Magi,_Artur, lk 64
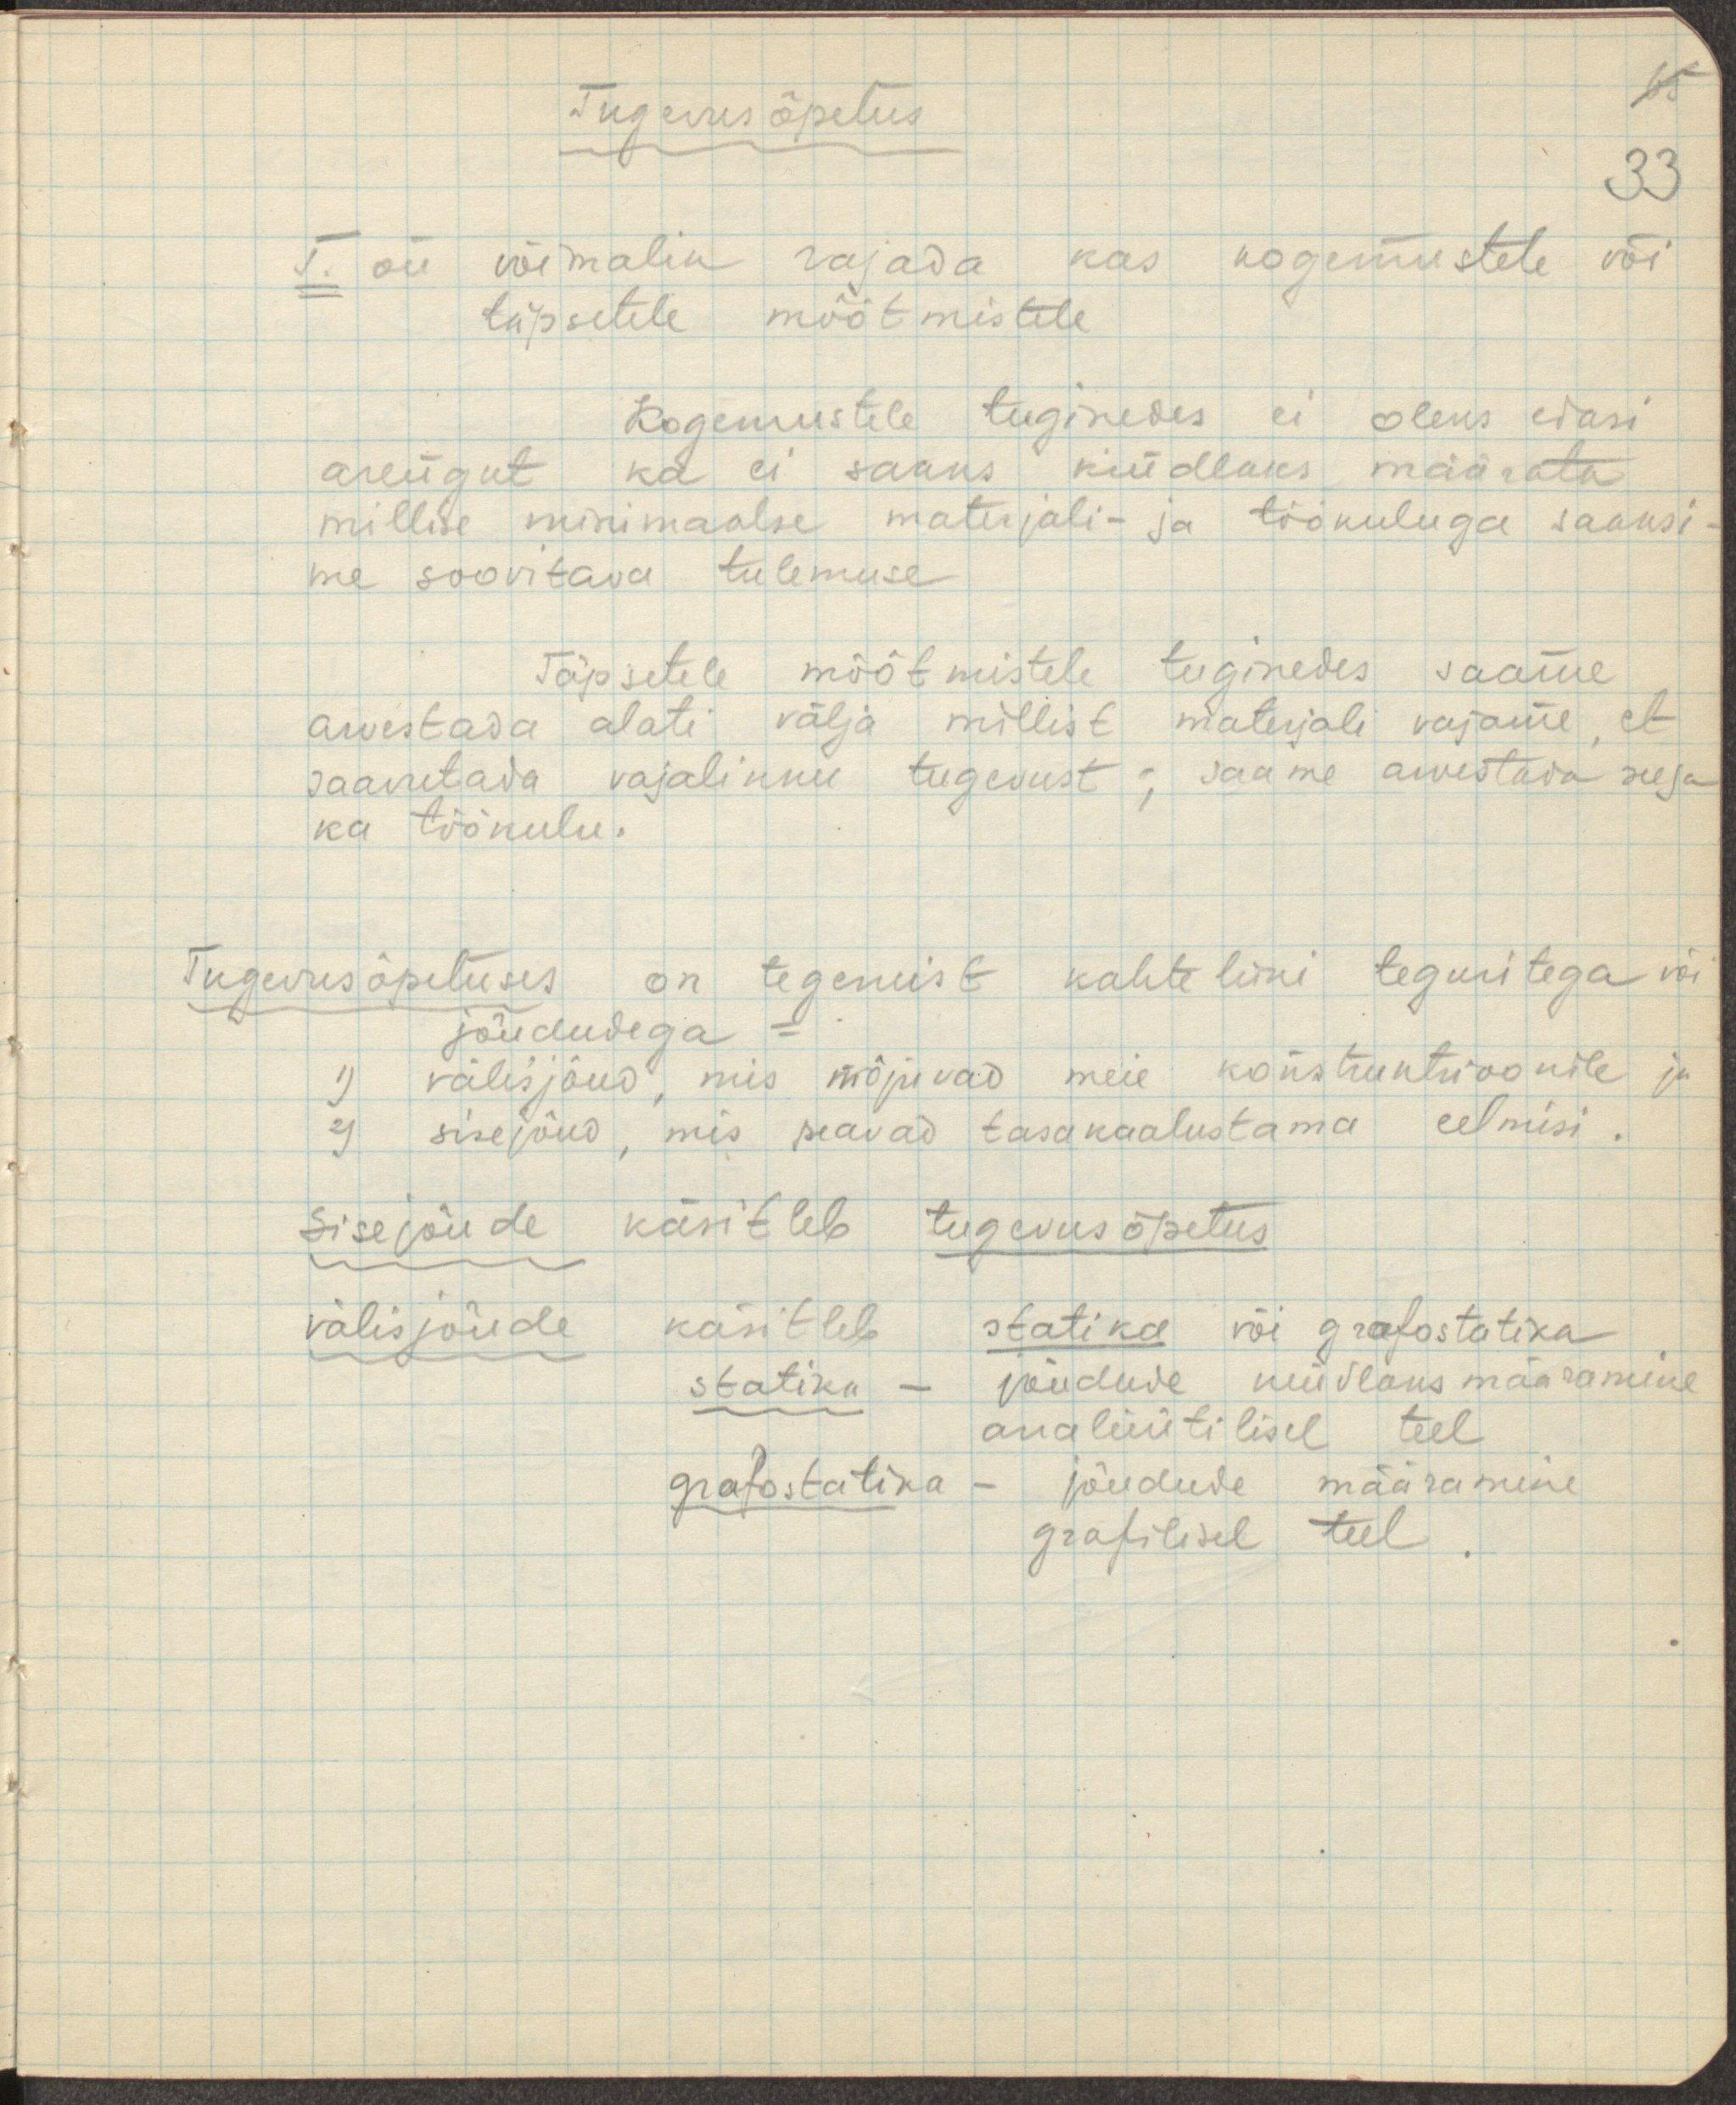
Tugevusõpetus.
65
33
T. on võimalik rajada kas kogemustele või
täpsetele mõõtmistele.
Kogemustele tuginedes ei oleks elasi
arengut ka ei saaks kindlaks määrata
millise minimaalse materjali- ja töökuluga saaksi-
me soovitava tulemuse
Täpsetele mõõtmistele tuginedes saame
arvestada alati välja millist materjali vajame, et
saavutada vajalikku tugevust; saame arvestada seega
ka töökulu.
Tugevusõpetuses on tegemist kahteliini teguritega või
jõududega -
1) välisjõud, mis mõjuvad meie konstruktsioonile ja
2) sisejõud, mis peavad tasakaalustama eelmisi.
sisejõude käsitleb tugevusõpetus
välisjõude käsitleb statika või grafostatika.
statika - jõudude kindlaks määramine
analüütilisel teel
grafostatika - jõudude määramine
grafilisel teel.